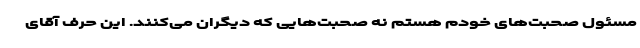
مسئول صحبت‌های خودم هستم نه صحبت‌هایی که دیگران می‌کنند. این حرف آقای